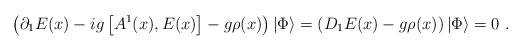
LaTeX: \begin{align*}\left( \partial_{1} E(x)-ig \left[A^{1}(x),E(x) \right] - g\rho(x) \right)|\Phi \rangle =\left( D_{1} E(x)-g\rho (x)\right) |\Phi\rangle =0 \ .\end{align*}